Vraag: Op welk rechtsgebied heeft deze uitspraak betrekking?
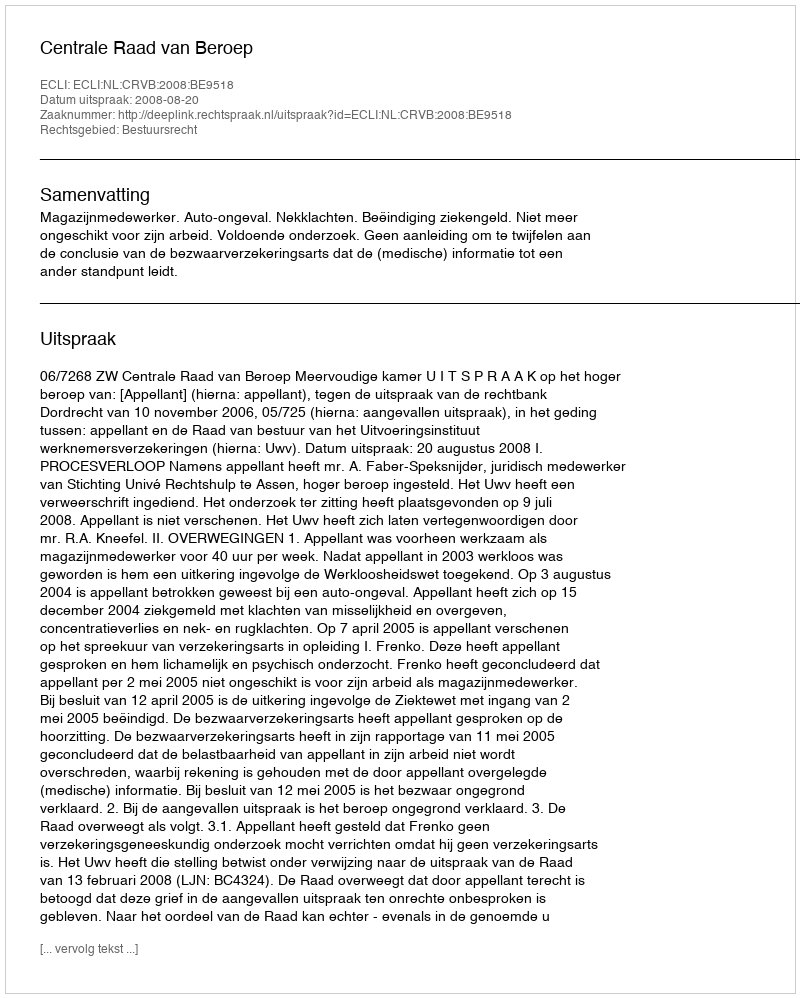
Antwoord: Bestuursrecht